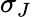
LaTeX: \sigma_{J}